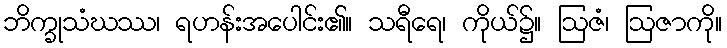
ဘိက္ခုသံဃဿ၊ ရဟန်းအပေါင်း၏။ သရီရေ၊ ကိုယ်၌။ ဩဇံ၊ ဩဇာကို။